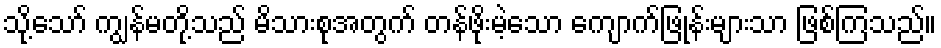
သို့သော် ကျွန်မတို့သည် မိသားစုအတွက် တန်ဖိုးမဲ့သော ကျောက်ဖြုန်းများသာ ဖြစ်ကြသည်။